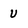
Character: U